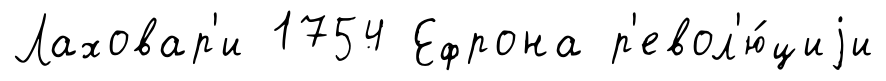
Лаховар'и 1754 Ефрона р'евол'ю́циjи